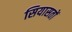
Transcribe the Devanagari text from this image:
सियासतों